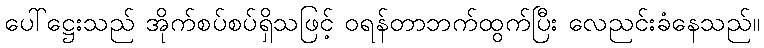
ပေါ်ဋ္ဌေးသည် အိုက်စပ်စပ်ရှိသဖြင့် ဝရန်တာဘက်ထွက်ပြီး လေညင်းခံနေသည်။